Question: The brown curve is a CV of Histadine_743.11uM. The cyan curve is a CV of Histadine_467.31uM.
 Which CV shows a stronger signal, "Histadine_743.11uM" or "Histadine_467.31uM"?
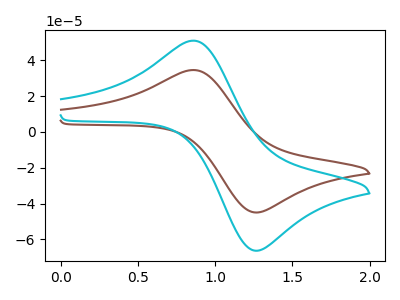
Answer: <think>The brown curve "Histadine_743.11uM" has an anodic peak at (0.85V, 34.55uA) and a cathodic peak at (1.25V, -44.80uA). The cyan curve "Histadine_467.31uM" has an anodic peak at (0.85V, 50.95uA) and a cathodic peak at (1.25V, -66.05uA).
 All the peaks in "Histadine_743.11uM" have a peak in "Histadine_467.31uM" at the same potential. Every peak in "Histadine_743.11uM" is lower than every peak in "Histadine_467.31uM".</think>
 <answer>"Histadine_743.11uM" has less signal than "Histadine_467.31uM".</answer>
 <eval>less_signal</eval>